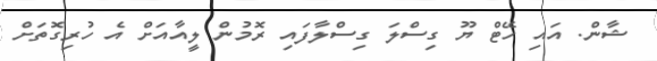
ޝާން. އައި ހޭޓް ޔޫ ގިސްލަ ގިސްލާފައި ރޮމުން ލީއާއަށް އެ ހުރިގޮތަށް